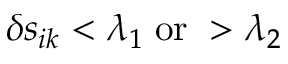
\delta s _ { i k } < \lambda _ { 1 } \; \mathrm { o r } \; > \lambda _ { 2 }